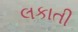
લકાતી